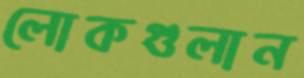
লোকগুলান